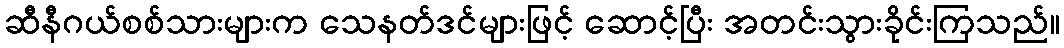
ဆီနီဂယ်စစ်သားများက သေနတ်ဒင်များဖြင့် ဆောင့်ပြီး အတင်းသွားခိုင်းကြသည်။